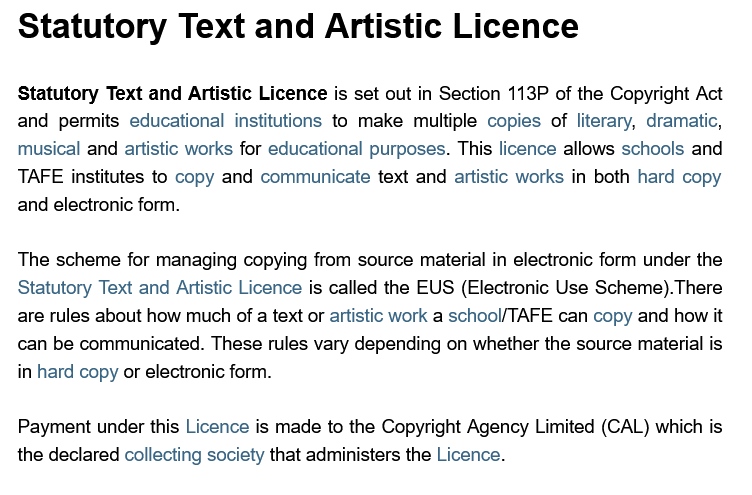
Statutory    Text    and    Artistic    Licence
     Statutory Text and Artistic Licence is set out in Section 113P of the Copyright Act
  and  permits educational institutions to make multiple copies of literary, dramatic,
  musical and artistic works for educational purposes. This licence allows schools and
  TAFE institutes to copy and communicate text and artistic works in both hard copy
  and electronic form.
  The scheme  for managing copying from source material in electronic form under the
  Statutory Text and Artistic Licence is called the EUS (Electronic Use Scheme).There
  are rules about how much of a text or artistic work a school/TAFE can copy and how it
  can be communicated. These rules vary depending on whether the source material is
  in hard copy or electronic form.
  Payment under this Licence is made to the Copyright Agency Limited (CAL) which is
  the declared collecting society that administers the Licence.